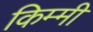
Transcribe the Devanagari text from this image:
किम्मी